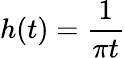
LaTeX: h(t)=\frac{1}{\pi t}